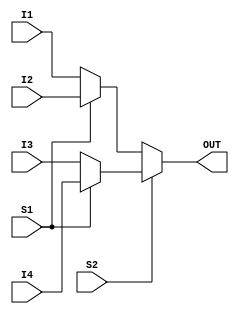
`timescale 1ns / 1ps
//////////////////////////////////////////////////////////////////////////////////
// Company: 
// Engineer: 
// 
// Design Name: 
// Module Name: mux
// Project Name: 
// Target Devices: 
// Tool Versions: 
// Description: 
// 
// Dependencies: 
// 
// Revision:
// Revision 0.01 - File Created
// Additional Comments:
// 
//////////////////////////////////////////////////////////////////////////////////


module mux(
    I1,I2,I3,I4,S1,S2,OUT
    );
    input I1,I2,I3,I4,S1,S2;
    output OUT;
    assign t1 = (S1) ? I2:I1;
    assign t2 = (S1) ? I4:I3;
    assign OUT = (S2) ? t2:t1;
endmodule